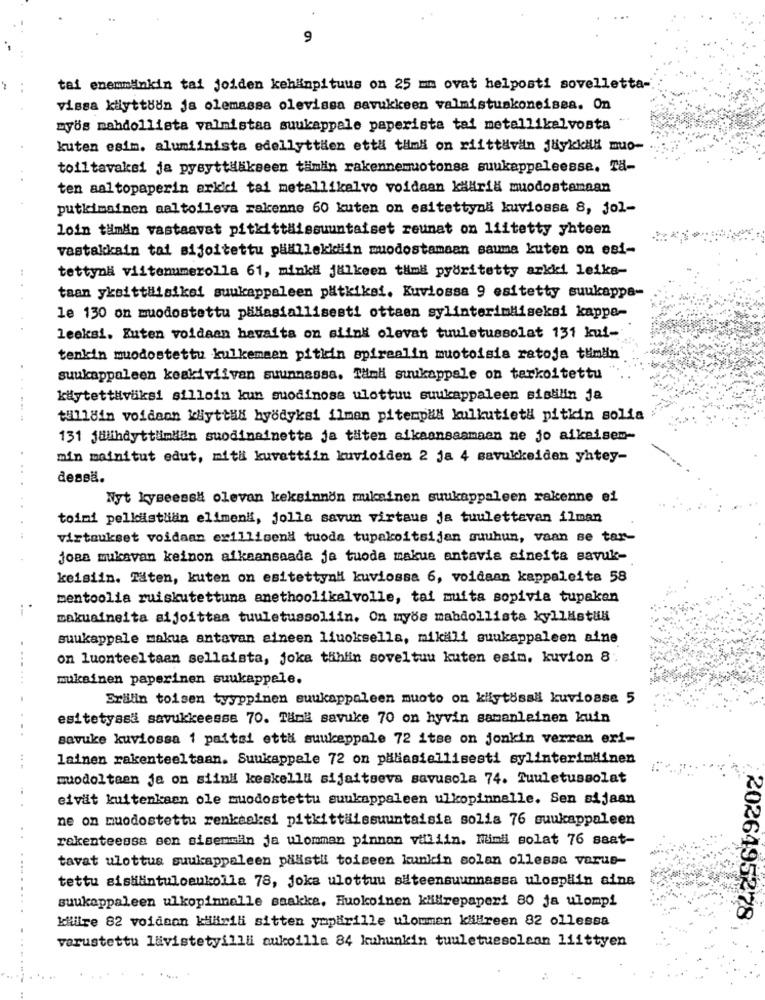
9
tai enemmänkin tai joiden kehänpituus on 25 mm ovat helposti sovelletta -.
vissa kilyttöön js olemassa olevissa savukkeen valmistuskoneisea. On
myös mahdollista valmistaa suukappale paperista tai metallikalvosta
kuten esim. alumiinista edellyttien etta tamä on riittävin jlykkll muo-
toiltavaksi ja pysyttääkseen tämän rakennemuotonsa suukappeleesse. Ta-
ten aaltopaperin arkici tai metallikalvo voidaan kääril muodostamaan
putkimainen aaltolleva rakenne 60 kuten on esitettyna kuviossa 8, jol-
loin tämän vastaavat pitkittäissuuntaiset reunat on liitetty yhteen
vastakkain tai sijoitettu päälllekidiin muodostamaan sauma kuten on esi-
tettynä viitenumerolla 61, minki jälkeen timi pyöritetty arkki leika-
taan yksittilsikei suukappaleen patkiksi. Kuviossa 9 esitetty suukappa-
le 130 on muodostettu pääasiallisesti ottaen sylinterimiiseksi kappa-
leeksi, Kuten voldaan havaits on siink olevat tuuletussolat 131 kui-
tenkin muodostettu kulkemsen pitkin spirealin muotoisia ratoja tuimin
.
suukappaleen keakiviivan suunnassa. Tamdi suukappale on tarkoitettu
....
küytettivüksi silloin kun suodinosa ulottuu suukappaleen sistilin ja
tull8in voidaon kyttad byodyksi ilmen pitempaa kulkutiet& pitkin solia
131 julihdyttümdidn suodinainetta ja täten aikaansaamaan ne jo aikeisem-
min mainitut edut, miti kuvattiin kuvioiden 2 ja 4 savukkeiden yhtey-
dessä.
Nyt kyseessä olevan keksinnön mukainen suukappaleen rakenne ei
toimi pelliistlan elimen", jolla savun virtaus ja tuulettaven ilman
virtaukset voidaan exillisend tuode tupakoitsijan suuhun, vaan se tar-
joaa mukavan keinon aikaansaada ja tuoda makue antavia aineita savuk-
keisiin. Täten, kuten on esitettyn" kuviossa 6, voidaan kappaleita 58
mentoolia ruiskutettuna anethoolikelvolle, tai muita sopivia tupaken
makuaineita aijoittaa tuuletussoliin. On myös mabdollista kyllästlili
suukappale makua antavan aineen liuoksella, mikali suukappaleen aine
on luonteeltaan sellaista, joka tählin soveltuu kuten esim, kuvion 8:
.....
mukainen paperinen suukappele.
Srilin toisen tyyppinen suukappaleen muoto on kilytössä kuviosse 5
esitetyssa savukkeesse 70. Tänä savuke 70 on hyvin samanleinen kuin
savuke kuviossa 1 paitsi ett# suukeppale 72 itse on jonkin verran eri-
lainen rakenteeltaan. Suukappale 72 on paliasiellisesti sylinterimäinen
muodoltaan je on siind keskella sijaitseva savusola 74. Tuuletussolat
eivät kuitenkaan ole muodostettu suukappaleen ulkopinnalle. Sen sijaan
ne on muodostettu renkaaksi pitkittiissuuntaisia solis 76 suukappaleen
rekenteessa sen sisemmin ja ulomman pinnan villiin. Numil solat 76 saat-
tavat ulottus suukappaleen päästu toiseen kunkin solan ollesso varus-
...
tettu sisilintuloeukolla 78, joka ulottuu säteensuunnassa ulospain aine
suukappaleen ulkopinnalle saakka. Huokoinen kilirepaperi 80 ja ulompi
kilifre 82 voidson kiilirili sitten ympärille ulommen kläreen 82 ollessa
12026495278
varustettu lavistetyillli aukoilla 84 kuhunkin tuuletuesolsan liittyen